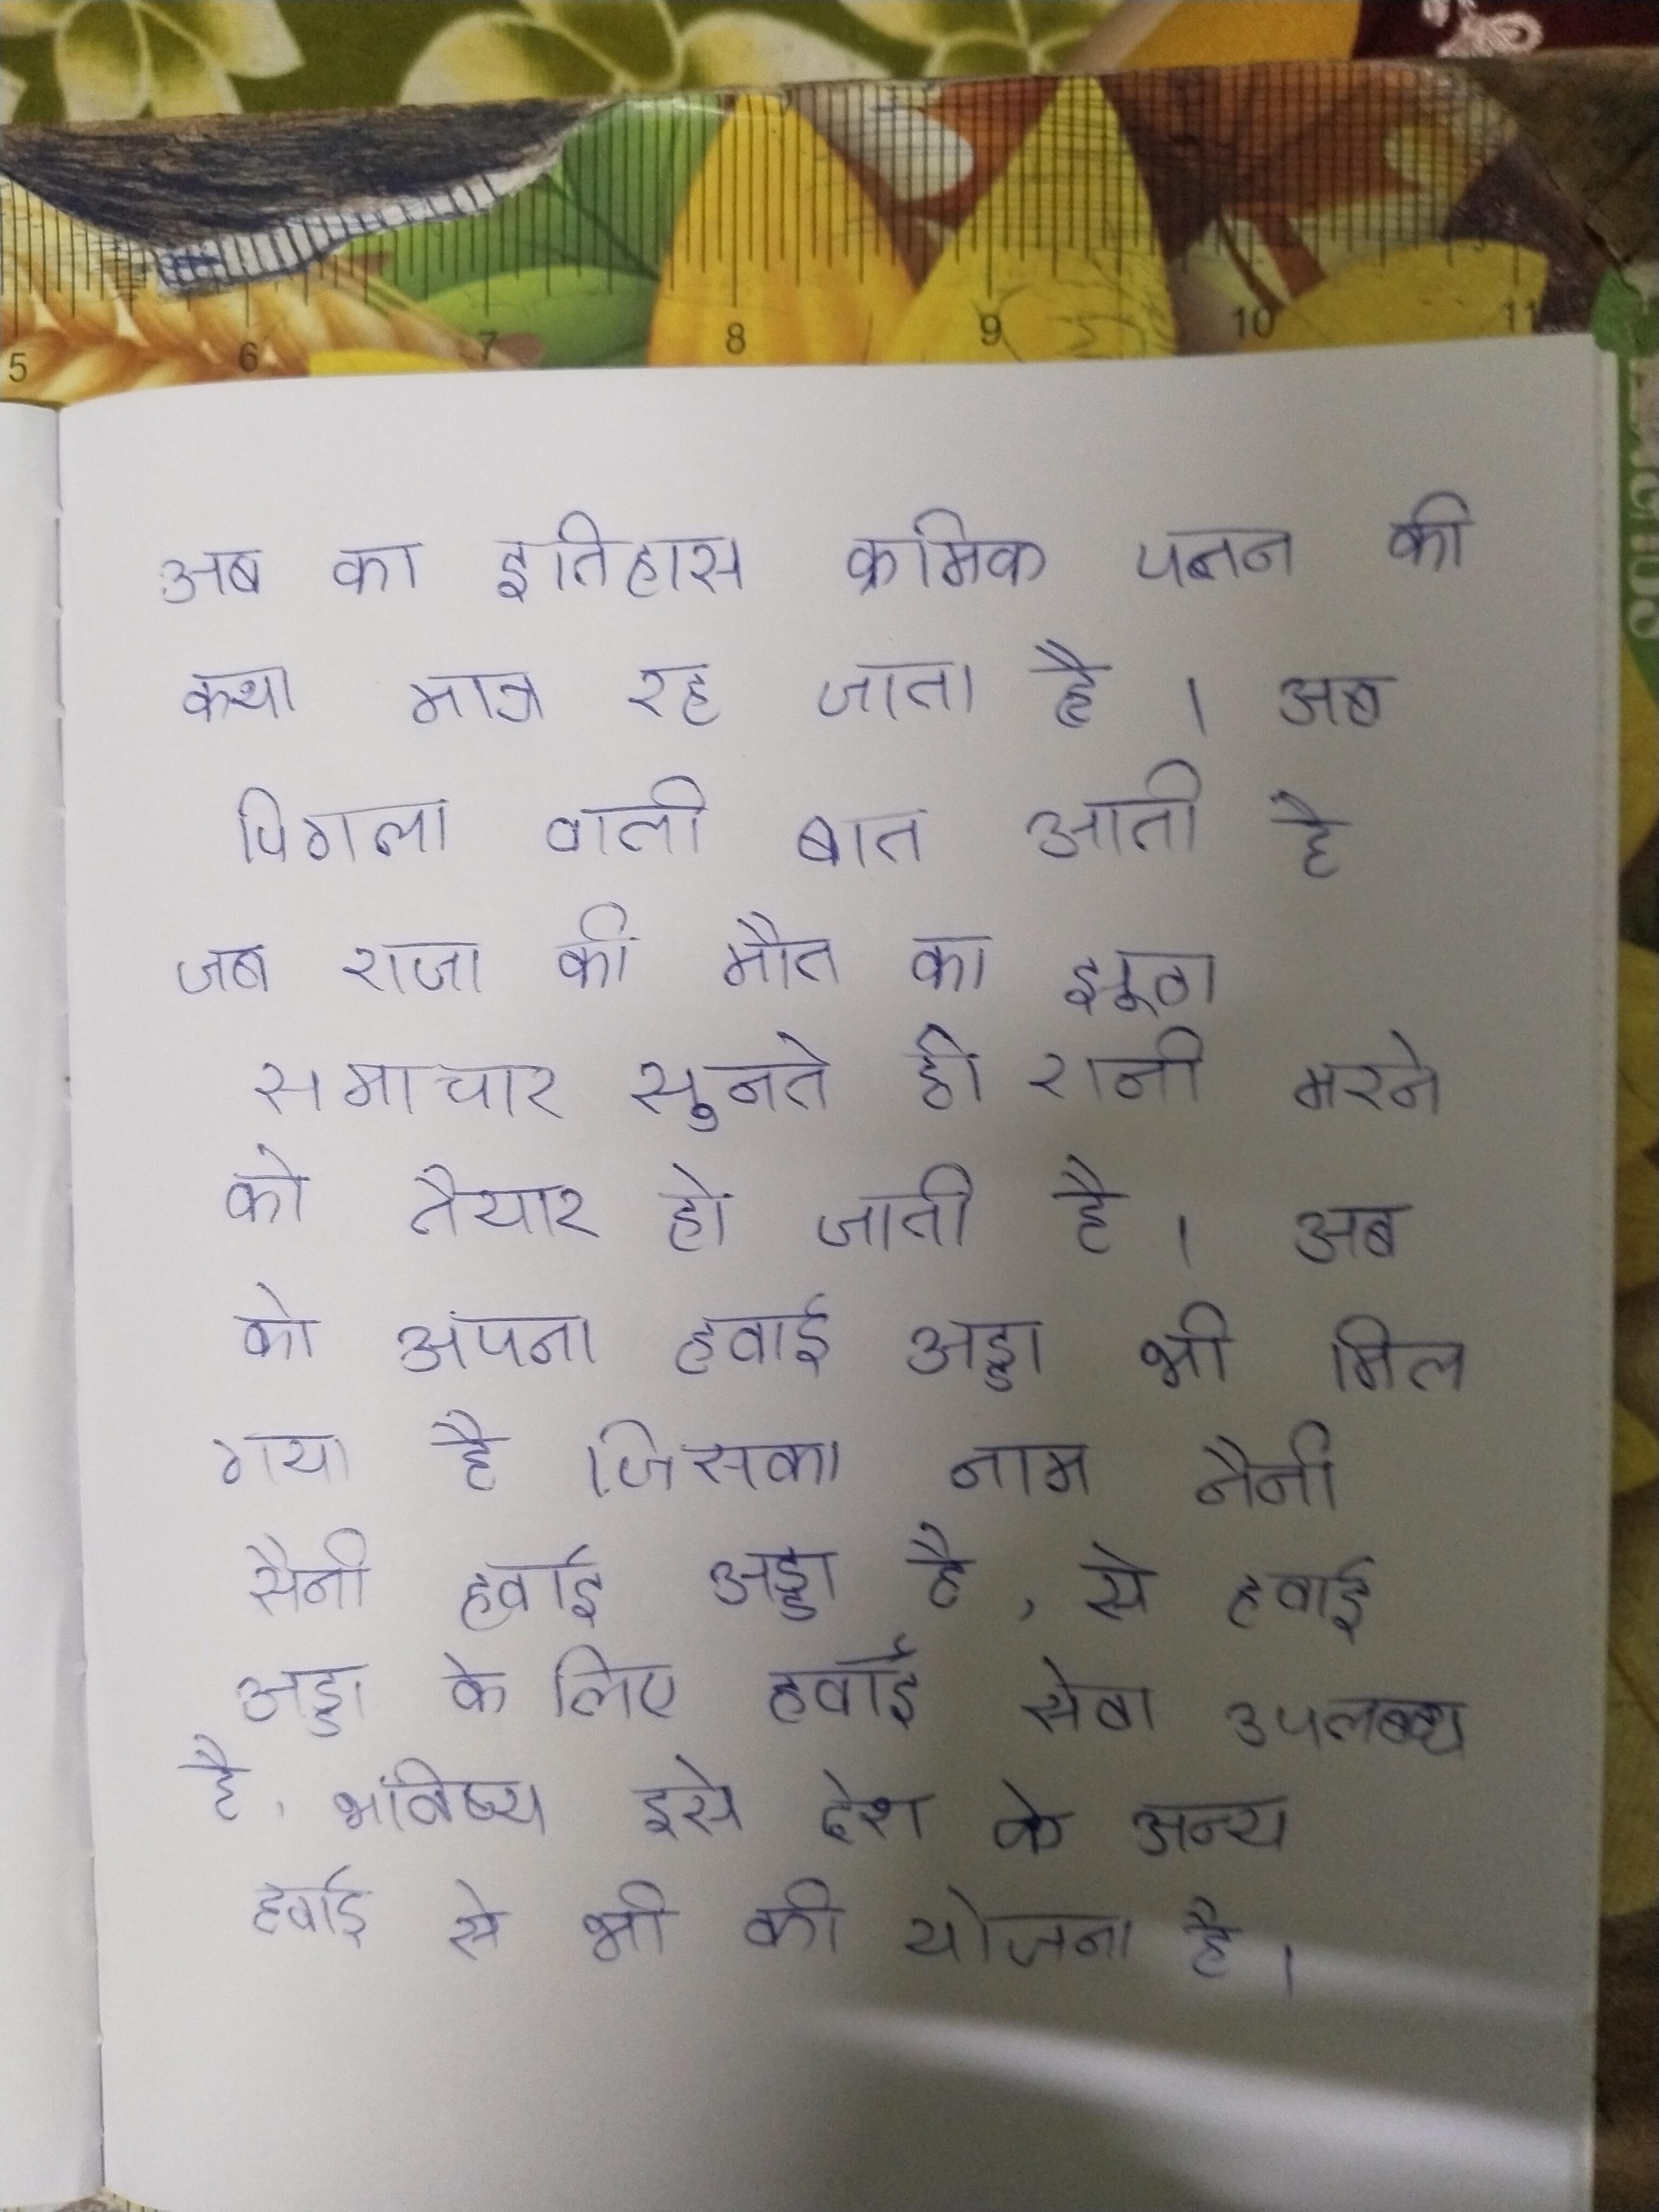
अब का इतिहास क्रमिक पतन की कथा मात्र रह जाता है । अब पिगला वाली बात आती है जब राजा की मौत का झूठा समाचार सुनते ही रानी मरने को तैयार हो जाती है । अब को अपना हवाई अड्डा भी मिल गया है जिसका नाम नैनी सैनी हवाई अड्डा है, से हवाई अड्डे के लिए हवाई सेवा उपलब्ध है, भविष्य इसे देश के अन्य हवाई से भी की योजना है ।